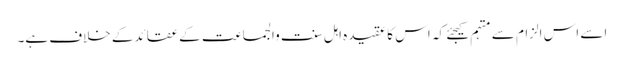
اسے اس الزام سے متہم کیجئے کہ اس کا عقیدہ اہل سنت والجماعت کے عقائدکے خلاف ہے۔